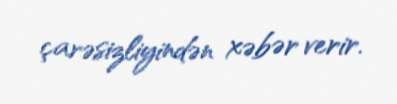
çarəsizliyindən xəbər verir.